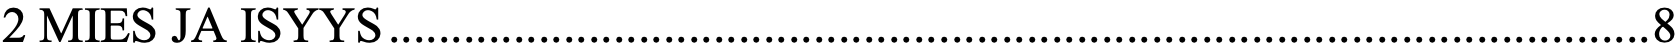
2 MIES JA ISYYS ..................................................................................................... 8